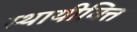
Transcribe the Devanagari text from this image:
स्थायीवित्त